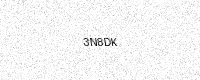
Text: 3N8DK